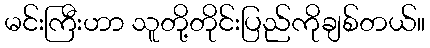
မင်းကြီးဟာ သူတို့တိုင်းပြည်ကိုချစ်တယ်။